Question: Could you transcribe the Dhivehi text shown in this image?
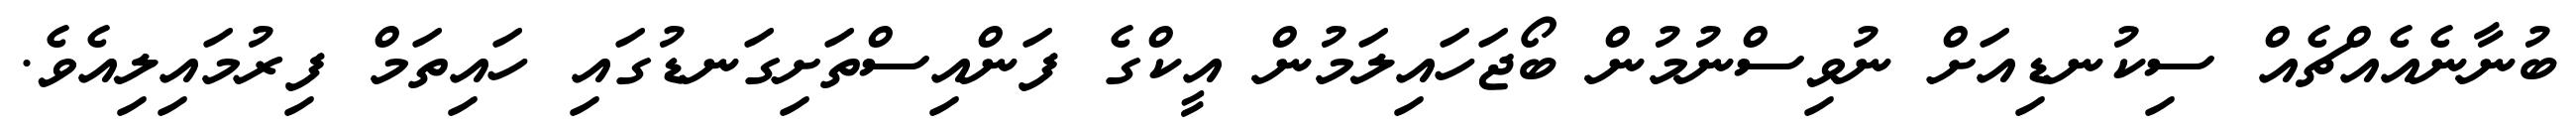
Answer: ބުނާނެއެއްޗެއް ސިކުނޑިއަށް ނުވިސްނުމުން ބޯޖަހައިލަމުން އީކްގެ ފަންއިސްތަށިގަނޑުގައި ހައިތަމް ފިރުމައިލިއެވެ.